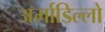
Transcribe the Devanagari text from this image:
अर्माडिल्लो